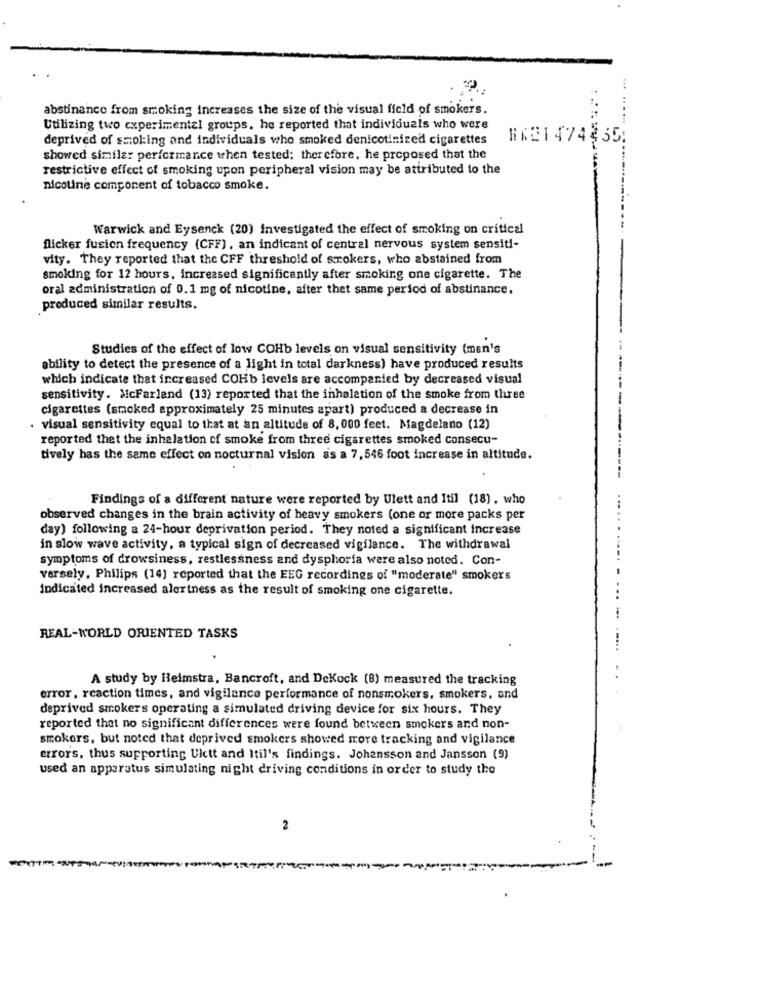
...
abstinance from smoking increases the size of the visual field of smokers.
Utilizing two experimental groups, he reported that individuals who were
deprived of smoking and individuals who smoked denicotinized cigarettes
WKE1474835;
showed similar performance when tested; therefore, he proposed that the
restrictive effect of smoking upon peripheral vision may be attributed to the
nicotine component of tobacco smoke.
Warwick and Eysenck (20) investigated the effect of smoking on critical
flicker fusion frequency (CFF), an indicant of central nervous system sensiti-
vity. They reported that the CFF threshold of srokers, who abstained from
smoking for 12 hours, increased significantly after smoking one cigarette. The
oral administration of 0.1 mg of nicotine, after thet same period of abstinance,
produced similar results.
Studies of the effect of low COHb levels on visual sensitivity (men's
ability to detect the presence of a light in total darkness) have produced results
which indicate that increased COHb levels are accompanied by decreased visual
sensitivity. McFarland (13) reported that the inhalation of the smoke from three
cigarettes (smoked approximately 25 minutes apart) produced a decrease in
· visual sensitivity equal to that at an altitude of 8, 000 feet. Magdelano (12)
reported thet the inhalation of smoke from three cigarettes smoked consecu-
tively has the same effect on nocturnal vision as a 7, 546 foot increase in altitude.
Findings of a different nature were reported by Ulett and Itil (18) , who
observed changes in the brain activity of heavy smokers (one or more packs per
day) following a 24-hour deprivation period. They noted a significant increase
in slow wave activity, a typical sign of decreased vigilance. The withdrawal
symptoms of drowsiness, restlessness and dysphoria were also noted. Con-
versely, Philips (14) reported that the EEG recordings of "moderate" smokers
indicated increased alertness as the result of smoking one cigarette.
REAL-WORLD ORIENTED TASKS
A study by Heimstra, Bancroft, and DeKock (8) measured the tracking
error, reaction times, and vigilance performance of nonsmokers, smokers. and
deprived smokers operating a simulated driving device for six hours. They
reported that no significant differences were found between smokers and non-
smokers, but noted that deprived smokers showed more tracking and vigilance
errors, thus supporting Ulctt and Itil's findings. Johansson and Jansson (9)
used an apparatus simulating night driving conditions in order to study the
2